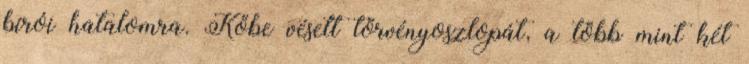
bírói hatalomra. Kőbe vésett törvényoszlopát, a több mint két